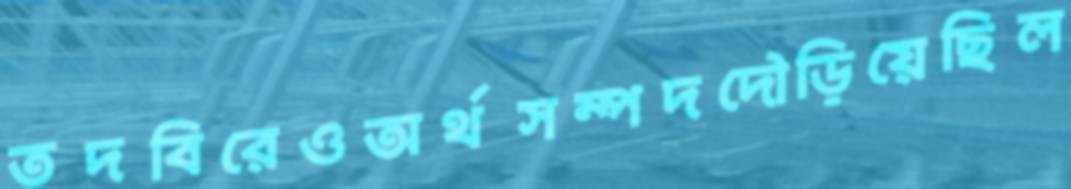
তদবিরেওঅর্থসম্পদদৌড়িয়েছিল